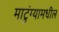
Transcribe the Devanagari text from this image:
माटुंग्यामधील